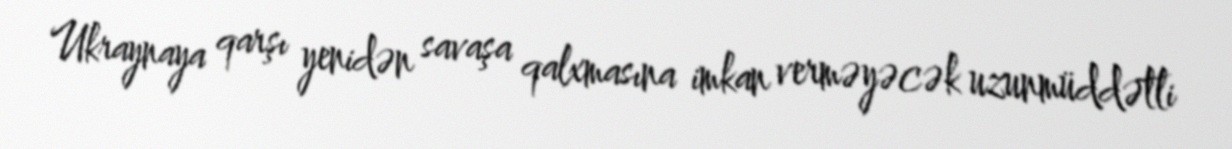
Ukraynaya qarşı yenidən savaşa qalxmasına imkan verməyəcək uzunmüddətli